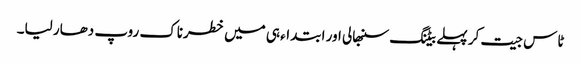
ٹاس جیت کر پہلے بیٹنگ سنبھالی اور ابتداء ہی میں خطرناک روپ دھار لیا۔